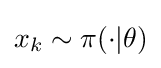
x_{k}\sim \pi (\cdot |\theta )